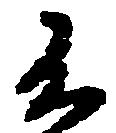
不